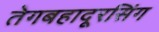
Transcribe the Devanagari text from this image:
तेगबहादूरसिंग